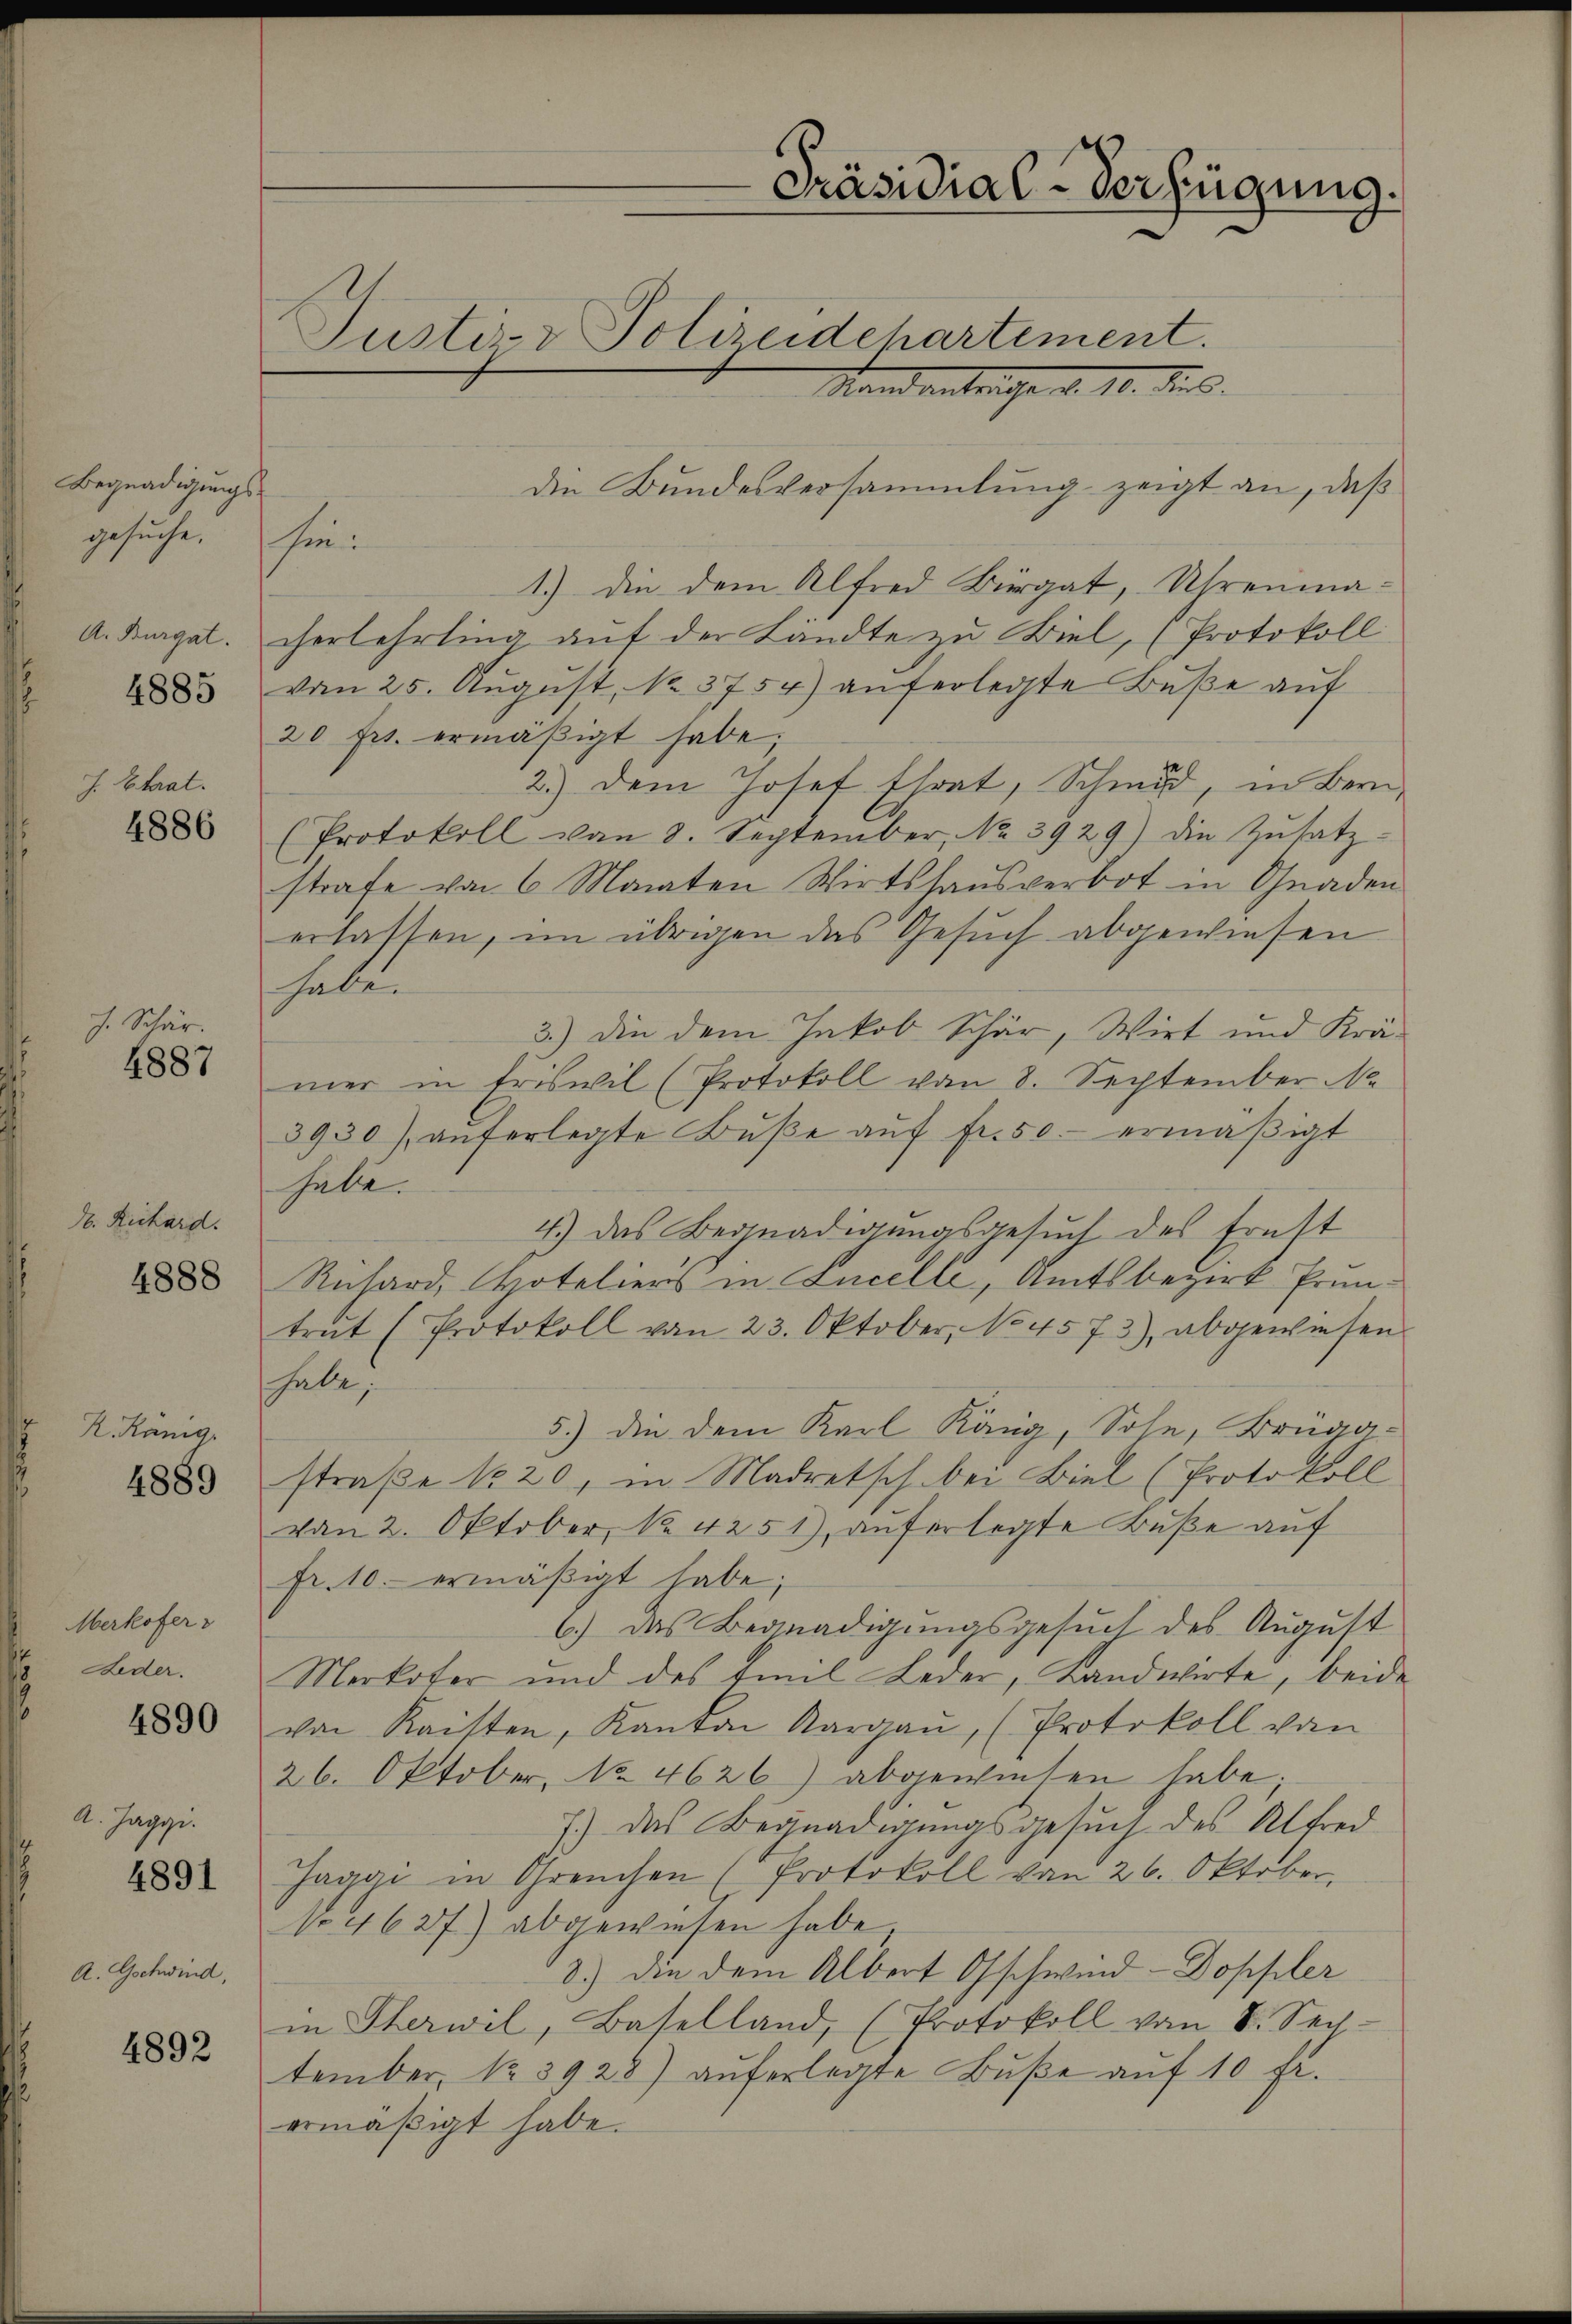
Begnadigungsgesuche.
A. Burgat.
4885
s. Etat.
4886

h. Schär.

1887

d. Richard.
4888

K. König.

4889

Merkofer v
Feder.
A. Jaggi.
4891
A. Gschwind,

4890

4892

Justiz- & Polizeidehartement.
Standantelche d. 10. ds.

Präsidial-Verfügung.

die Bundesversammlung zeigt an, daß
hin.
1.) Die dem Alfred Bürgat, Uhrenmacherlehrling auf der Landte zu Biel, (Protokoll
vom 25. Aŭgŭst No. 3754) anferlegte Bŭβe aŭf
20 frs. ermäßigt habe;
2.) Dem Josef Ehrat, Schmid, in Bern
(Protokoll von 8. September, No 3929) die Zŭsatz-
strafe von 6 Monaten Wirtshausverbot in Gnaden
erlassen, im übrigen das Gesuch abgewiesen
habe.
3.) Die dem Jakob Schär, Wirt und Krä-
mer in Friswil (Protokoll vom 8. September N.
3930) auferlegte Bŭβe aŭf fr. 50.- ermäßigt
habe.
4.) Das Begnadigungsgesuch des Ernst
Rnhard, Hoteliers in Encelle, Amtsbezirk Pruntrut (Protokoll von 23. Oktober, No 4573), abgewiesen
hale,
5.) Die dem Karl Käng, Sohn, Brüga-
straße 1320, in Madretsch bei Biel (Protokoll
von 2. Oktober, No. 4251) auferlegte Buße auf
fr. 10.- ermäßigt habe;
6.) Das Begnadigungsgesuch des August
Merkofer und des Emil Leder, Landwirte, beide
von Kaisten, Kanton Aargaŭ, (Protokoll von
26. Oktober, No 4626) abgewiesen habe;
7.) Das Begnadigungsgesuch des Alfred
Jaggi in Greuchen (Protokoll von 26. Oktober,
No 4627) abgewiesen habe.
8.) Die dem Albert Gschwind-Doppler
in Sterwil, Baselland, (Protokoll vom 8. Sech
tember, No 3928) auferlegte Buße auf 10 Fr.
ermäßigt habe.